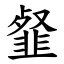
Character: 韰